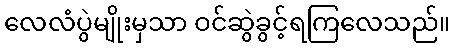
လေလံပွဲမျိုးမှသာ ဝင်ဆွဲခွင့်ရကြလေသည်။